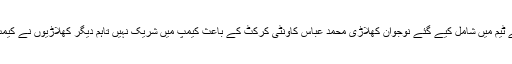
دورہ برطانیہ کے لئے ٹیم میں شامل کیے گئے نوجوان کھلاڑی محمد عباس کاونٹی کرکٹ کے باعث کیمپ میں شریک نہیں تاہم دیگر کھلاڑیوں نے کیمپ کو جوائن کرلیا ہے۔